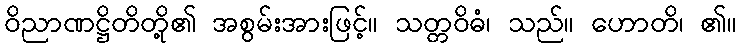
ဝိညာဏဋ္ဌိတိတို့၏ အစွမ်းအားဖြင့်။ သတ္တဝိဓံ၊ သည်။ ဟောတိ၊ ၏။